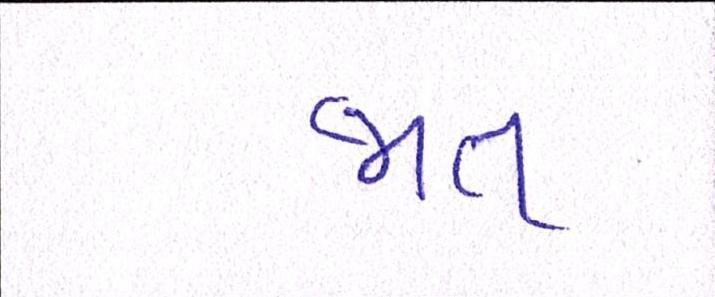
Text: જાત